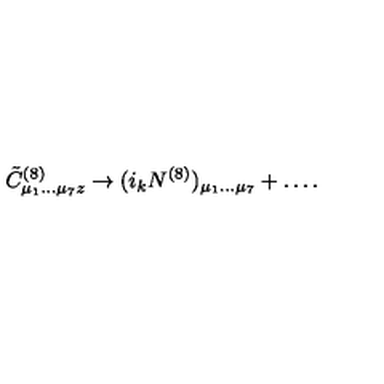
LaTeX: { \tilde { C } } _ { \mu _ { 1 } \dots \mu _ { 7 } z } ^ { ( 8 ) } \rightarrow ( i _ { k } N ^ { ( 8 ) } ) _ { \mu _ { 1 } \dots \mu _ { 7 } } + \dots .